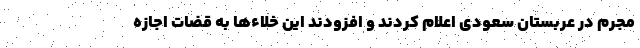
مجرم در عربستان سعودی اعلام کردند و افزودند این خلاءها به قضات اجازه